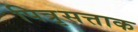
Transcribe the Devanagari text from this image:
पित्रृसत्ताक